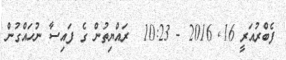
ފެބްރުއަރީ 16